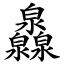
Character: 灥